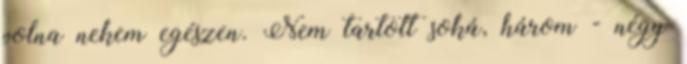
volna nekem egészen. Nem tartott soká, három - négy